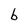
Character: b